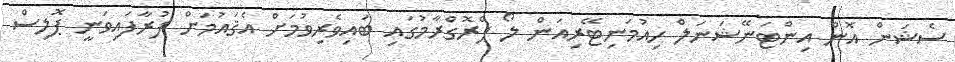
ސެޝަން އޮން އިންޓަނޭޝަނަލް ހިއުމަނިޓޭރިއަން ލޯ ޕްރޮގްރާމުގައި ބައިވެރިވުމަށް އެޤައުމަށް ފުރާފައިވަނީ ޕޮލިސް